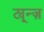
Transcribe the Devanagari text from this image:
ट्यून्ज़